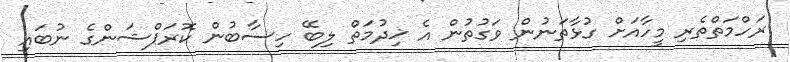
ރަހްމަތްތެރި މީހާއަށް ގުޅާތަނުން ވަގުތުން އެ ޚިދުމަތް ލިބޭ ހިސާބުން ކޮރަޕްޝަންގެ ނުބައި